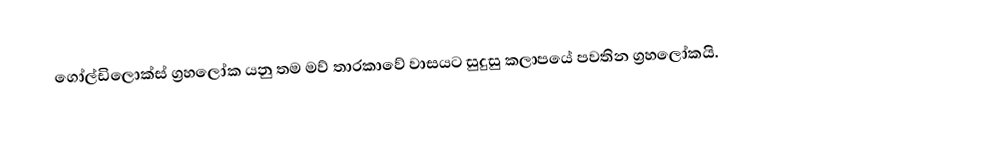
ගෝල්ඩිලොක්ස් ග්‍රහලෝක යනු තම මව් තාරකාවේ වාසයට සුදුසු කලාපයේ පවතින ග්‍රහලෝකයි.